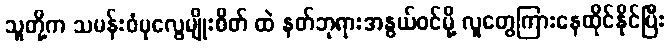
သူတို့က သမန်းဝံပုလွေမျိုးစိတ် ထဲ နတ်ဘုရားအနွယ်ဝင်မို့ လူတွေကြားနေထိုင်နိုင်ပြီး